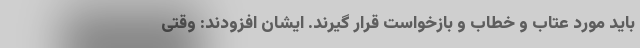
باید مورد عتاب و خطاب و بازخواست قرار گیرند. ایشان افزودند: وقتی